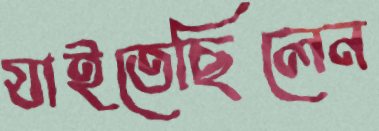
যাইতেছিলেন